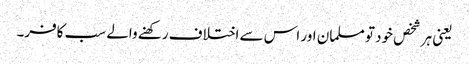
یعنی ہر شخص خود تو مسلمان اور اس سے اختلاف رکھنے والے سب کافر۔